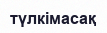
түлкімасақ